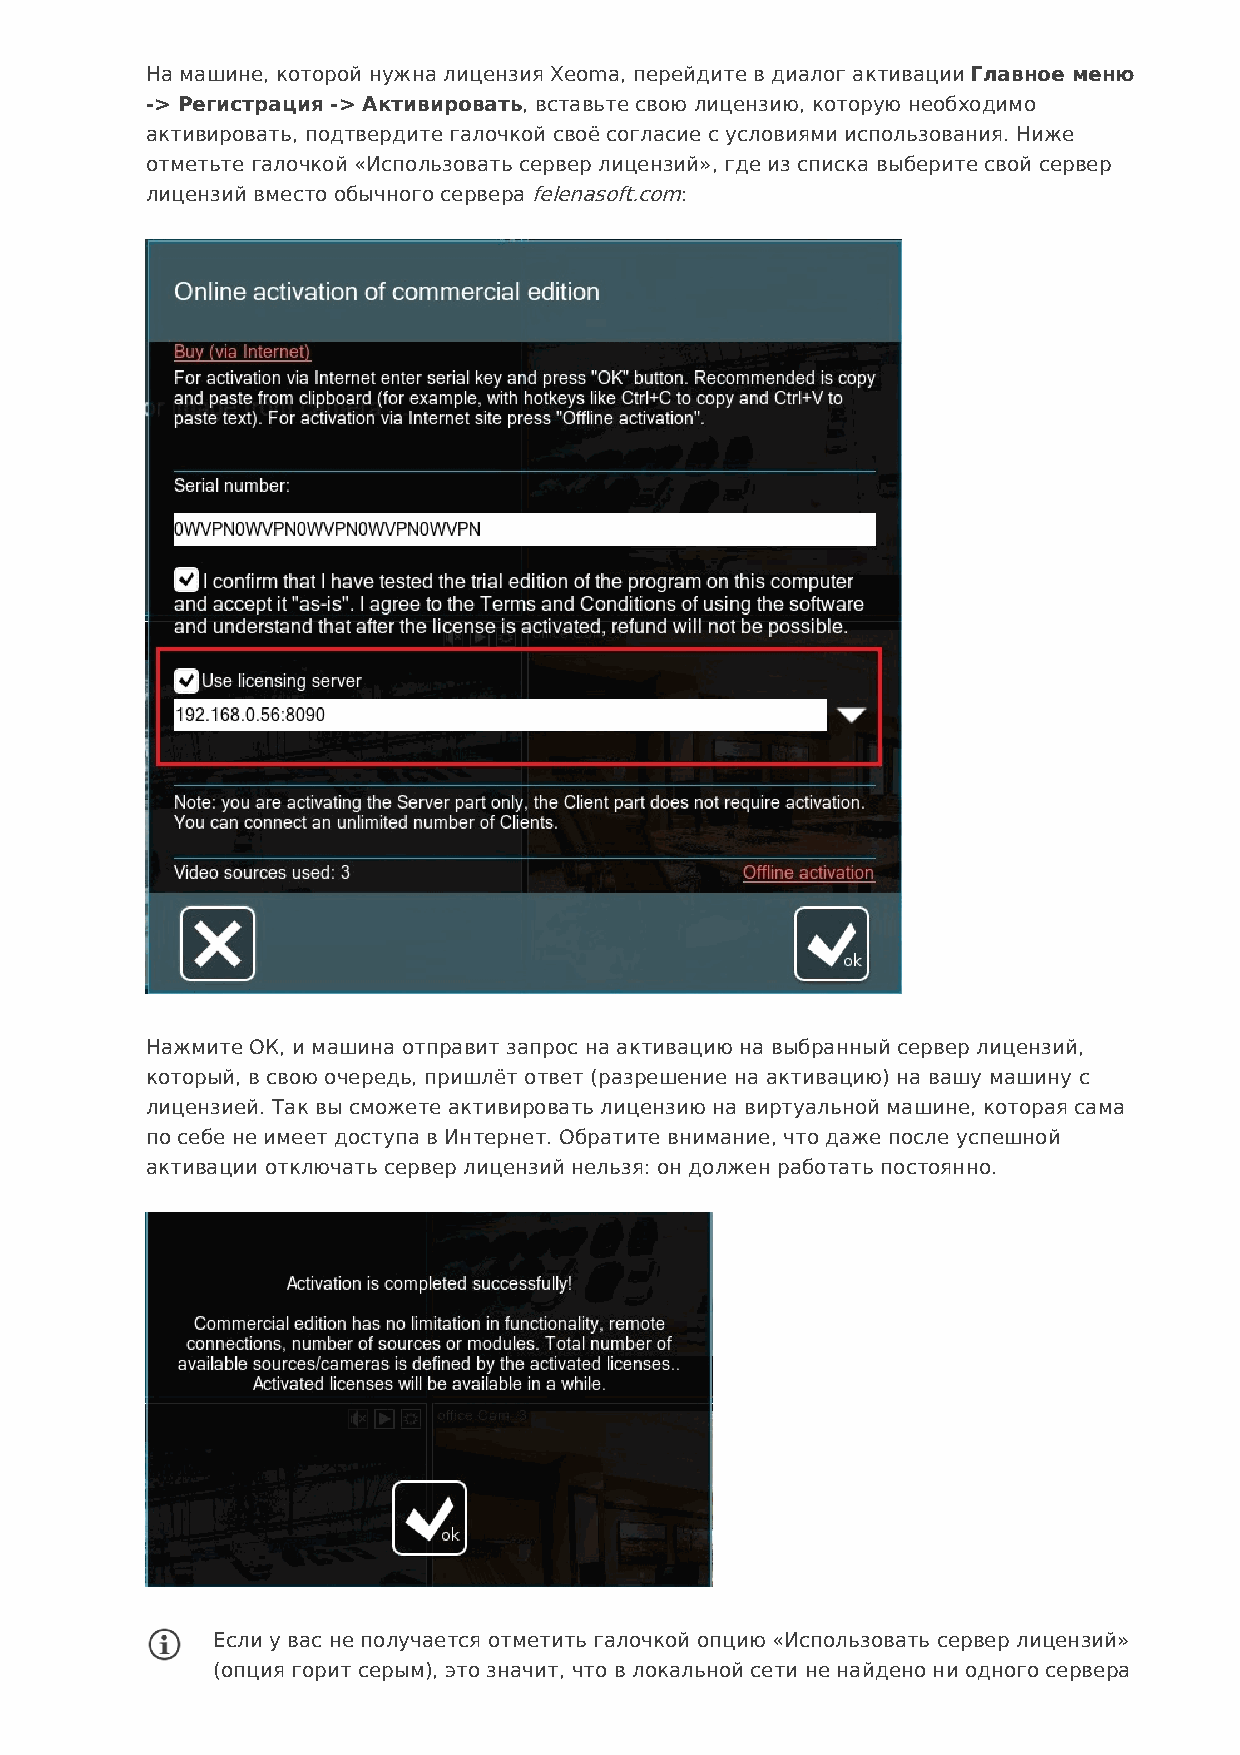
На машине, которой нужна лицензия Xeoma, перейдите в диалог активации Главное меню
 -> Регистрация -> Активировать, вставьте свою лицензию, которую необходимо
 активировать, подтвердите галочкой своё согласие с условиями использования. Ниже
 отметьте галочкой «Использовать сервер лицензий», где из списка выберите свой сервер
 лицензий вместо обычного сервера felenasoft.com:
 Нажмите ОК, и машина отправит запрос на активацию на выбранный сервер лицензий,
 который, в свою очередь, пришлёт ответ (разрешение на активацию) на вашу машину с
 лицензией. Так вы сможете активировать лицензию на виртуальной машине, которая сама
 по себе не имеет доступа в Интернет. Обратите внимание, что даже после успешной
 активации отключать сервер лицензий нельзя: он должен работать постоянно.
 Если у вас не получается отметить галочкой опцию «Использовать сервер лицензий»
 (опция горит серым), это значит, что в локальной сети не найдено ни одного сервера